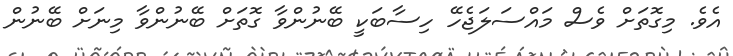
އެވެ. މިގޮތަށް ވެސް މައްސަލަޖެހޭ ހިސާބަކީ ބޭނުންވާ ގޮތަށް ބޭނުންވާ މިނަށް ބޭނުން